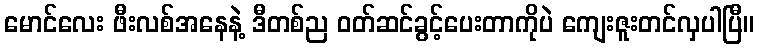
မောင်လေး ဖီးလစ်အနေနဲ့ ဒီတစ်ည ဝတ်ဆင်ခွင့်ပေးတာကိုပဲ ကျေးဇူးတင်လှပါပြီ။